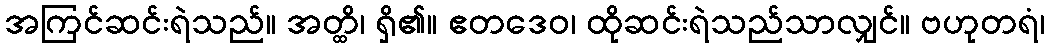
အကြင်ဆင်းရဲသည်။ အတ္ထိ၊ ရှိ၏။ ဧတဒေဝ၊ ထိုဆင်းရဲသည်သာလျှင်။ ဗဟုတရံ၊